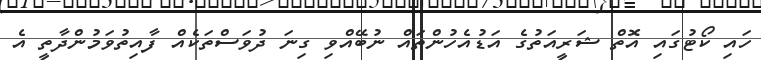
ހައި ކޯޓުގައި އޮތް ޝަރީއަތުގެ އަޑުއެހުންތައް ނުބޭއްވި ގިނަ ދުވަސްތަކެއް ފާއިތުވަމުންދާތީ އެ